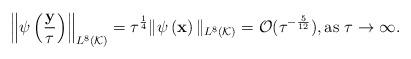
LaTeX: \begin{align*} \left\|\psi\left(\frac{\mathbf y}{\tau}\right)\right\|_{L^8(\mathcal K)}=\tau^{\frac{1}{4}}\|\psi\left(\mathbf x\right)\|_{L^8(\mathcal K)}=\mathcal O(\tau^{-\frac{5}{12}}),\mbox{as $\tau \rightarrow \infty$. } \end{align*}